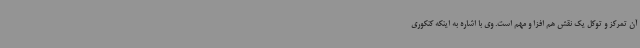
آن تمرکز و توکل یک نقش هم افزا و مهم است. وی با اشاره به اینکه کنکوری